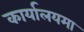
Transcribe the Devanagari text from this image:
कार्यालयमा